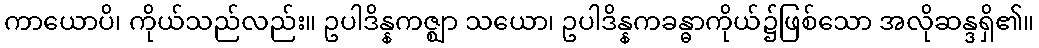
ကာယောပိ၊ ကိုယ်သည်လည်း။ ဥပါဒိန္နကဇ္ဈာ သယော၊ ဥပါဒိန္နကခန္ဓာကိုယ်၌ဖြစ်သော အလိုဆန္ဒရှိ၏။